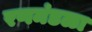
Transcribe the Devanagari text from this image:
रणमंडळा